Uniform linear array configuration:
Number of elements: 16
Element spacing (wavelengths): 0.75
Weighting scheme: binomial
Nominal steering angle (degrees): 30
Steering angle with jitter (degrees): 28.814
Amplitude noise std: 0.05
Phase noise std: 0.05

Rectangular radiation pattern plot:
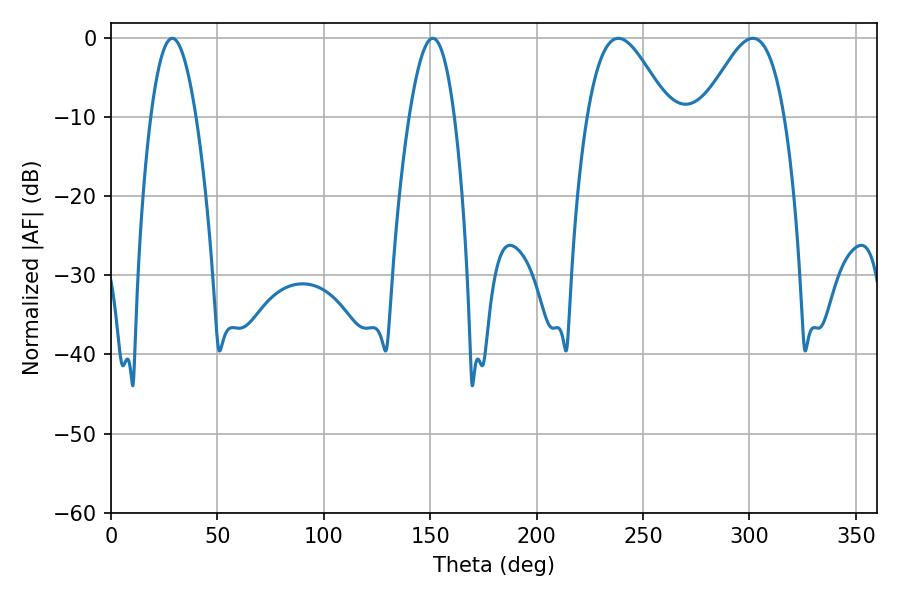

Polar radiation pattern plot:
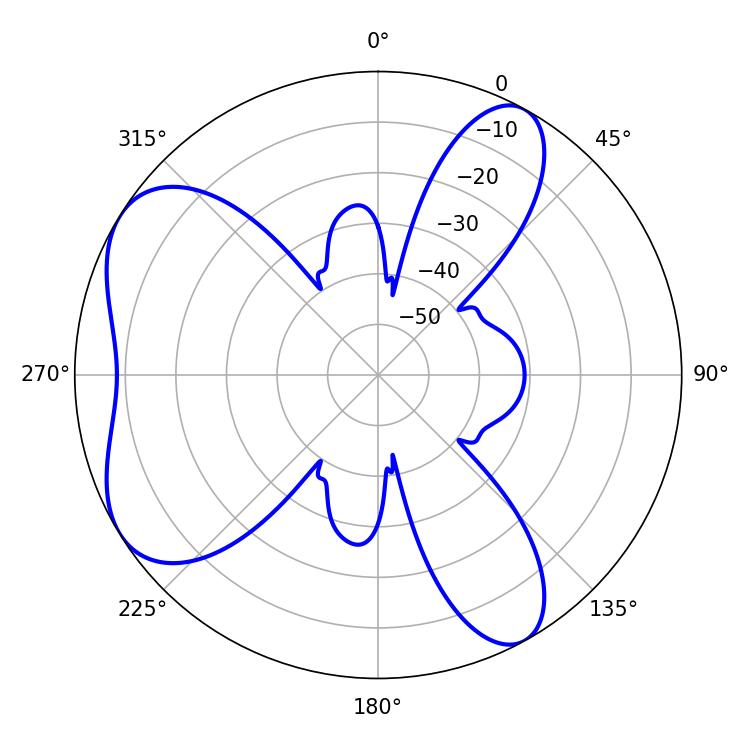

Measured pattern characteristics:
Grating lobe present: TRUE
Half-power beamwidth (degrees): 11.52
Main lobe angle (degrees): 28.8